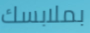
بملابسك